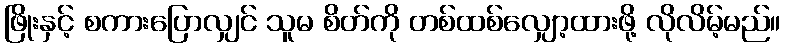
ဖြိုးနှင့် စကားပြောလျှင် သူမ စိတ်ကို တစ်ထစ်လျှော့ထားဖို့ လိုလိမ့်မည်။